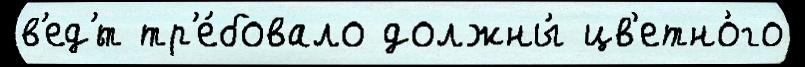
в'ед'́т тр'е́бовало должны́ цв'етно́го